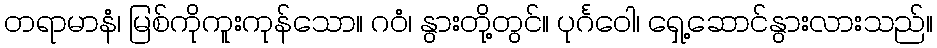
တရာမာနံ၊ မြစ်ကိုကူးကုန်သော။ ဂဝံ၊ နွားတို့တွင်။ ပုင်္ဂဝေါ၊ ရှေ့ဆောင်နွားလားသည်။